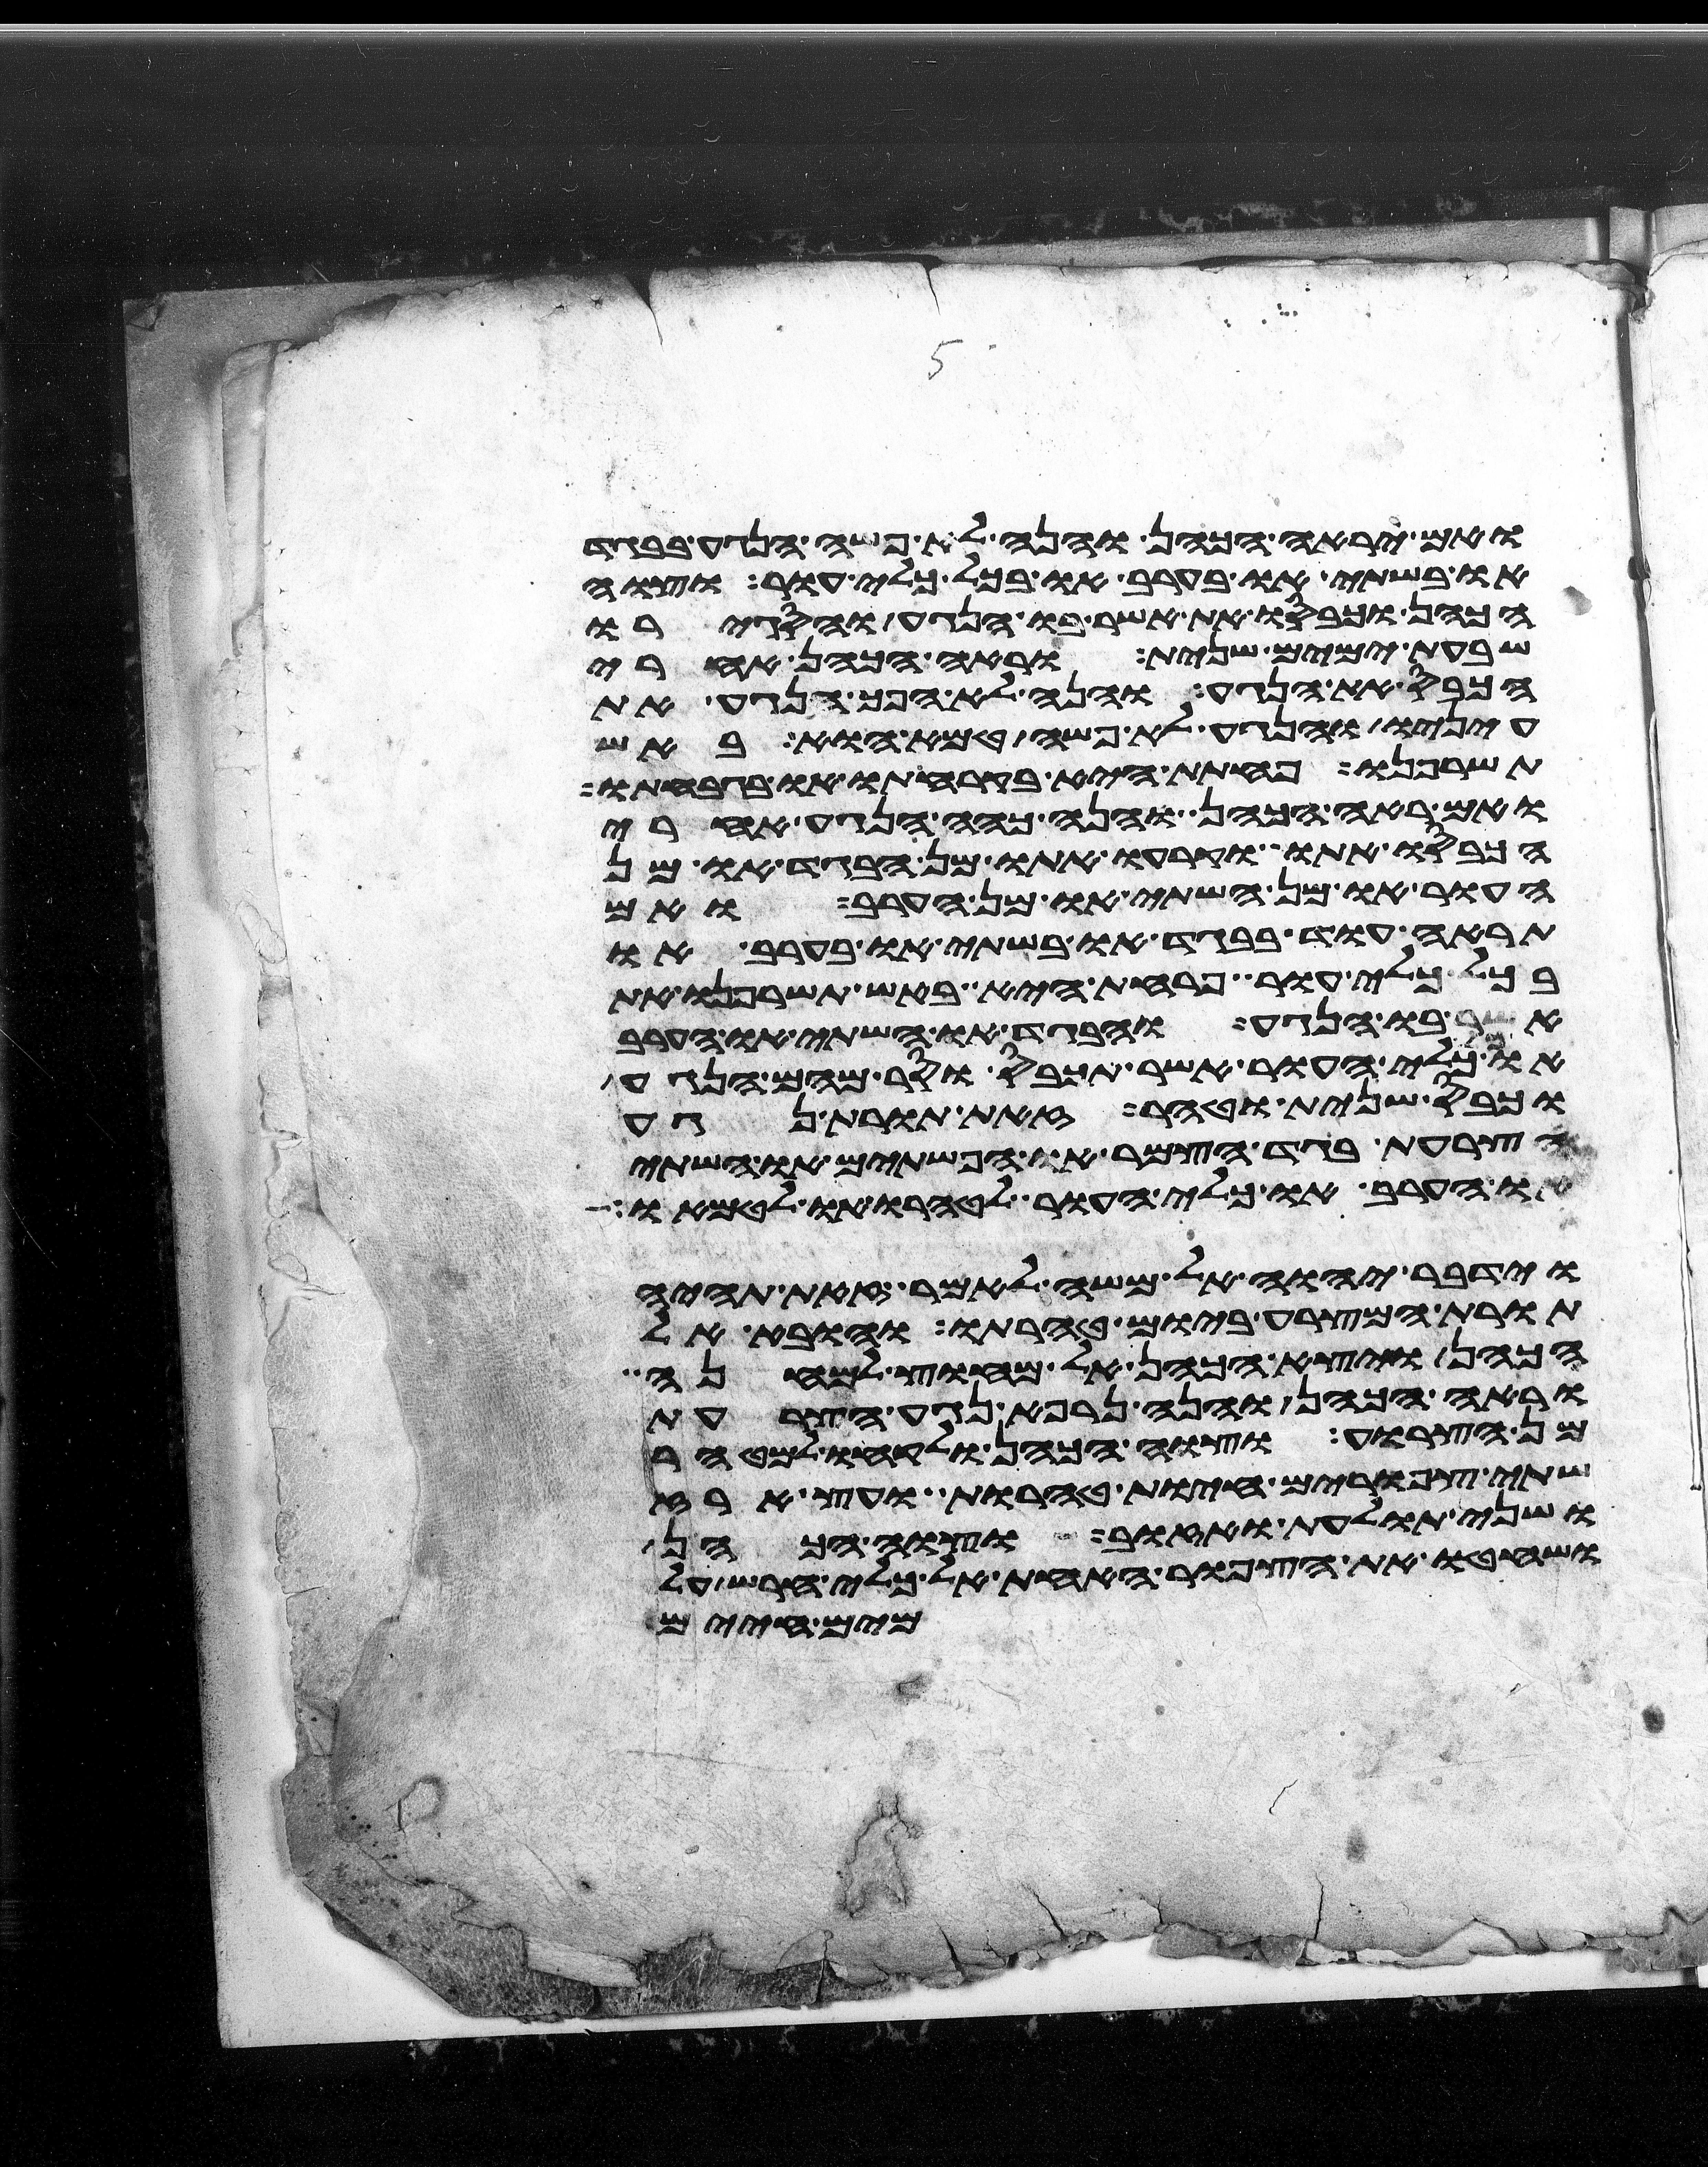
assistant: ואם יראה הכהן והנה לא פשה הנגע בבגד
או בשתי או בערב או בכל כלי עור וצוה
הכהן וכבסו את אשר בו הנגע והסגירו
שבעת ימים שנית וראה הכהן אחרי
הכבס את הנגע והנה לא הפך הנגע את
עיניו והנגע לא פשה טמא הוא באש
תשרפנו פחתת היא בקרחתו או בגבחתו
ואם ראה הכהן והנה כהה הנגע אחרי
הכבסו אתו וקרעו אתו מן הבגד או מן
העור או מן השתי או מן הערב ואם
תראה עוד בבגד או בשתי או בערב או
בכל כלי עור פרחת היא באש תשרפנו את
אשר בו הנגע והבגד או השתי או הערב
או כל כלי העור אשר תכבס וסר מהם הנגע
וכבס שנית וטהר זאת תורת נגע
הצרעת בגד הצמר או הפשתים או השתי
או הערב או כל כלי העור לטהרו או לטמאו
וידבר יהוה אל משה לאמר זאת תהיה
תורת המצרע ביום טהרתו והובא אל
הכהן ויצא הכהן אל מחוץ למחנה
וראה הכהן והנה נרפא נגע הצרעת
מן הצרוע וצוה הכהן ולקחו למטהר
שתי צפורים חיות טהרות ועץ ארז
ושני תולעת ואזוב וצוה הכהן
ושחטו את הצפור האחת אל כלי חרש על
מים חיים